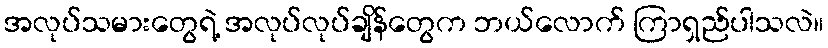
အလုပ်သမားတွေရဲ့ အလုပ်လုပ်ချိန်တွေက ဘယ်လောက် ကြာရှည်ပါသလဲ။